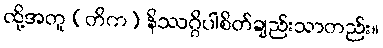
ထို့အတူ (တိက) နိဿဂ္ဂိပါစိတ်ချည်းသာတည်း။